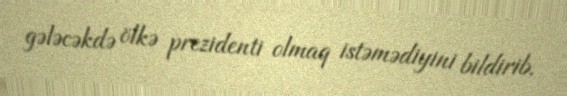
gələcəkdə ölkə prezidenti olmaq istəmədiyini bildirib.